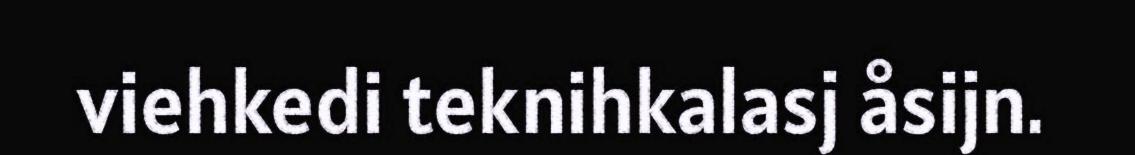
viehkedi teknihkalasj åsijn.